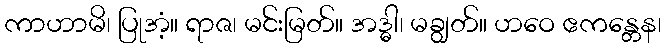
ကာဟာမိ၊ ပြုအံ့။ ရာဇ၊ မင်းမြတ်။ အဒ္ဓါ၊ မချွတ်။ ဟဝေ ဧကန္တေန၊